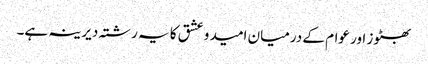
بھٹوز اور عوام کے درمیان امید و عشق کا یہ رشتہ دیرینہ ہے۔